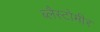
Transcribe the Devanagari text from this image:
ब्लैस्टोमीर